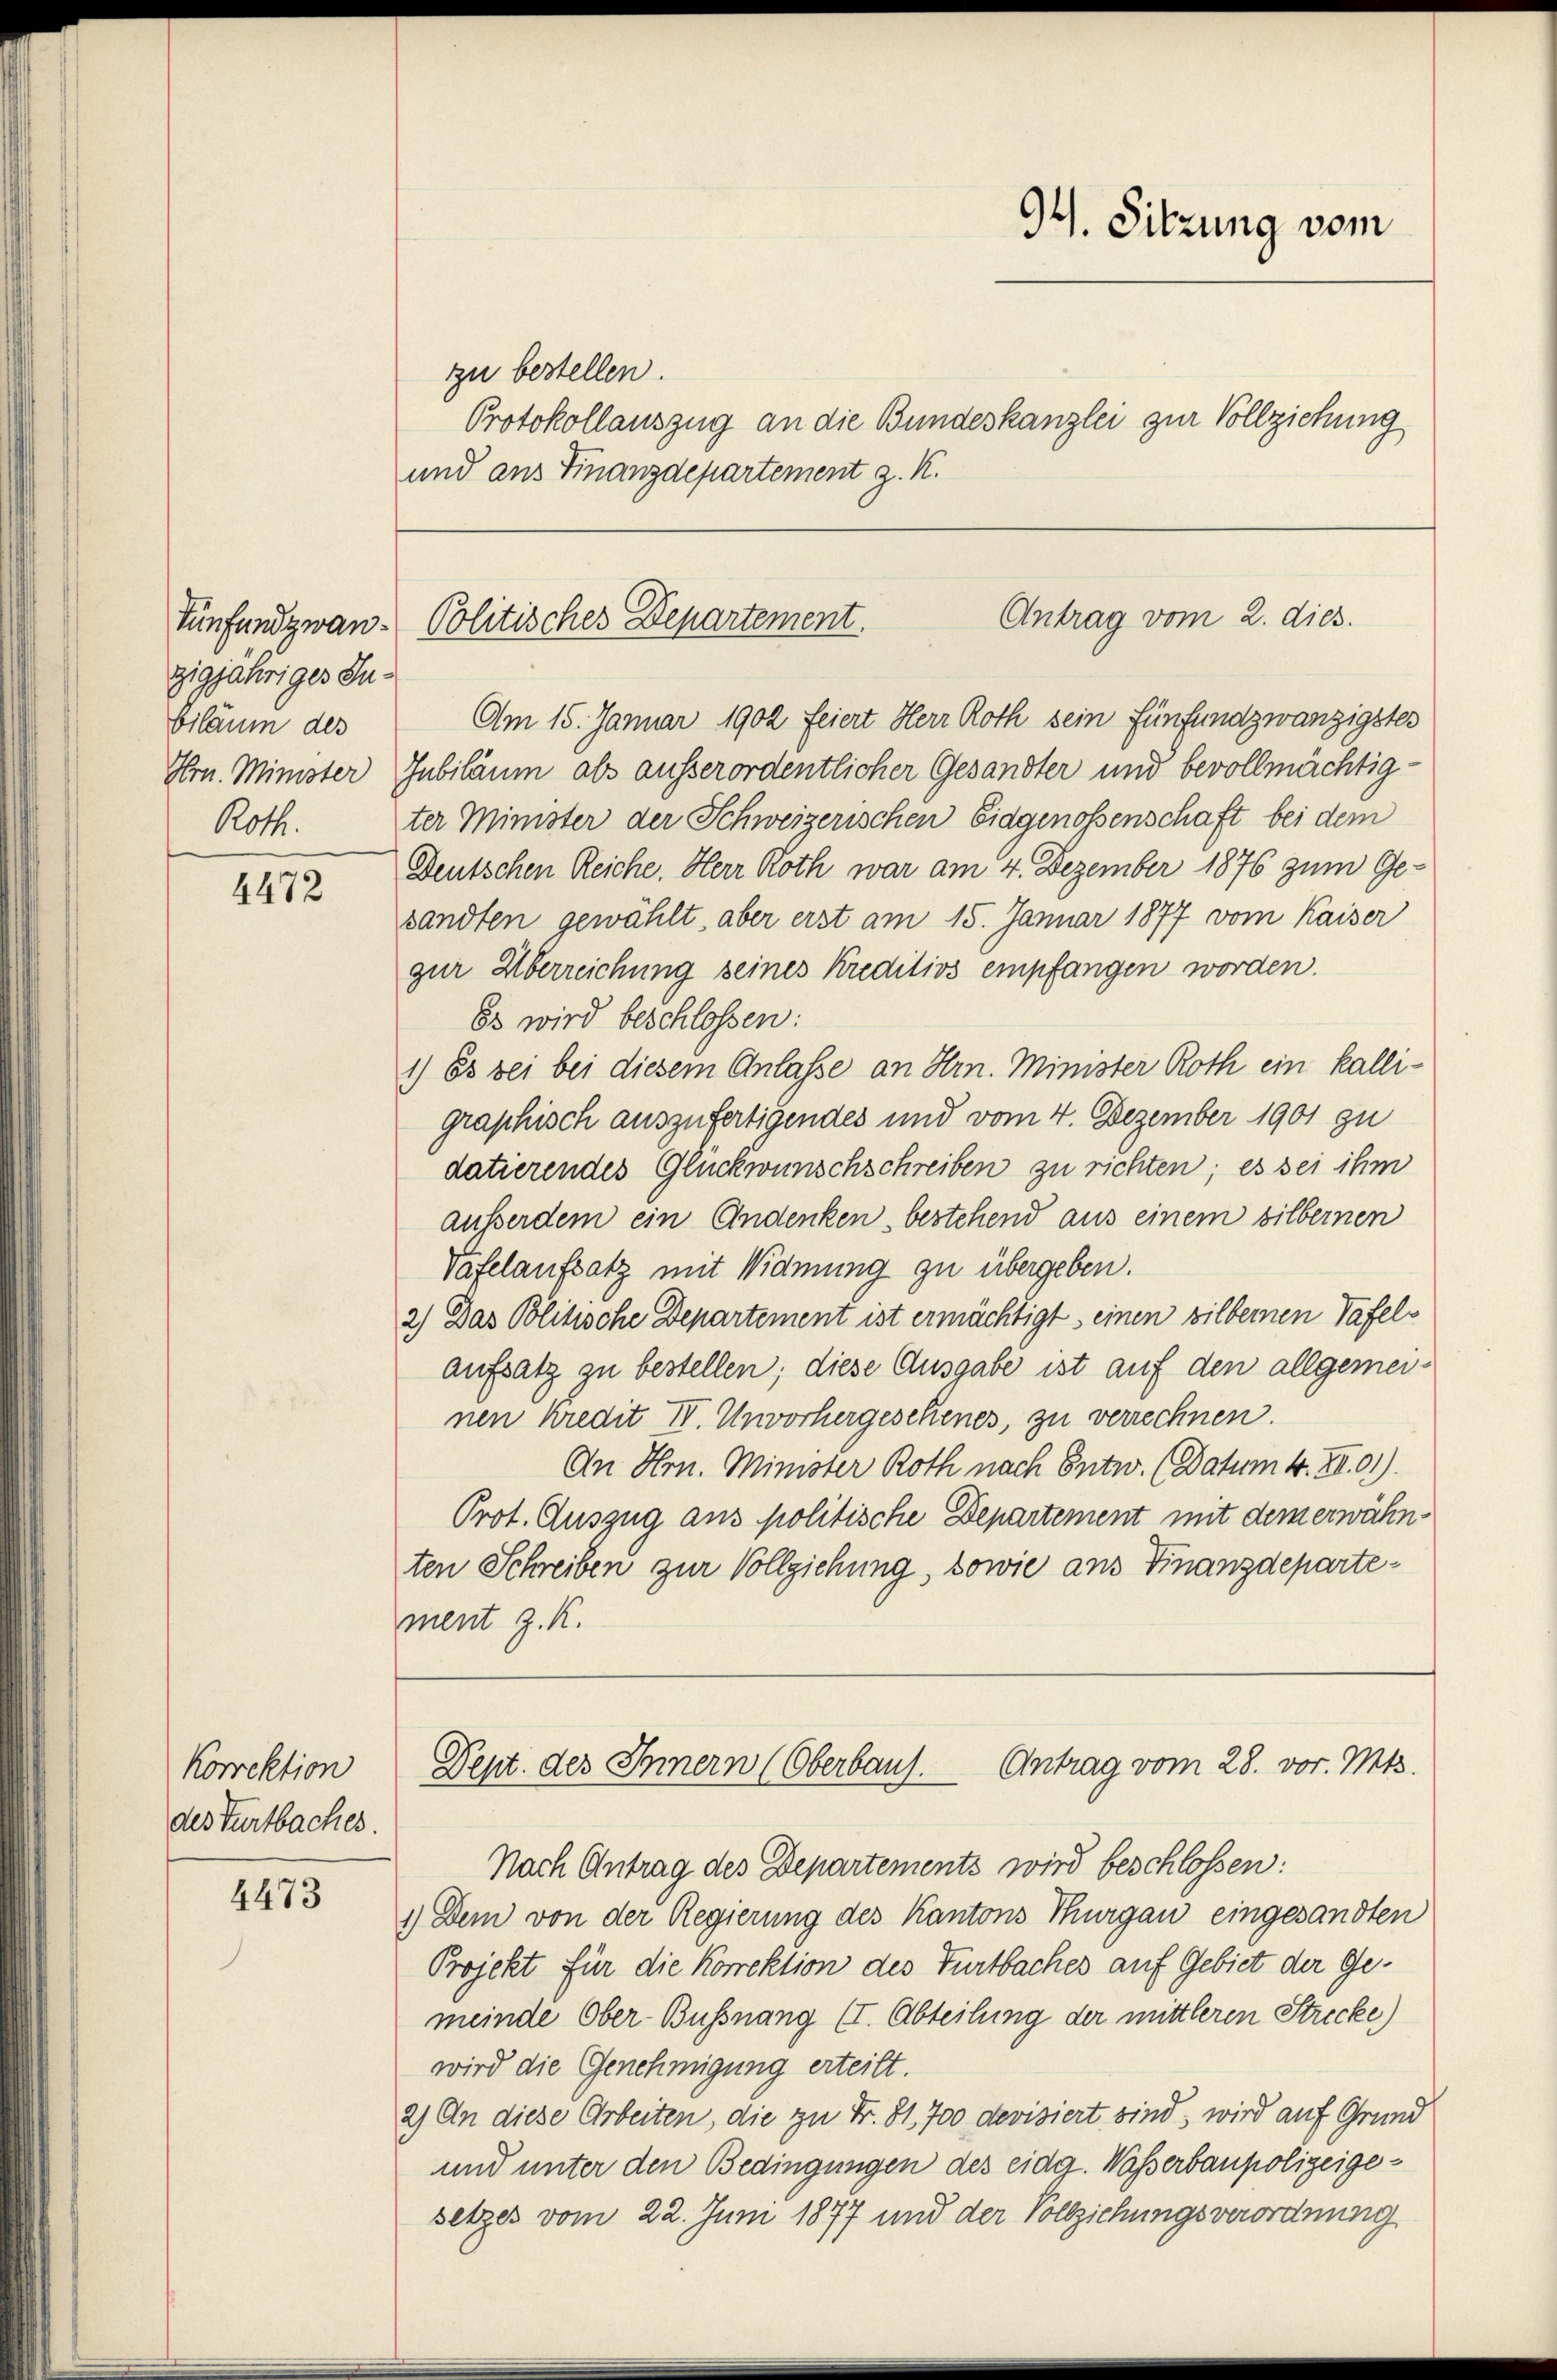
Tünfundzwanzigjähriges Inbiläum des
Roth.

4472

korrektion
des Turtbaches.

4473

zu bestellen.
und aus Finanzdepartement z. K.

94. Sitzung vom
Protokollauszug an die Bundeskanzlei zur Vollziehung

Antrag vom 2. dies.
Politisches Departement.

Am 15. Januar 1902 feiert Herr Roth sein fünfundzwanzigstes
Hrn. Minister Gubiläum als ausserordentlicher Gesandter und bevollmächtigter Minister der Schweizerischen Eidgenossenschaft bei dem
Deutschen Reiche. Herr Roth war am 4. Dezember 1876 zum Ge-
sandten gewählt, aber erst am 15. Januar 1877 vom Kaiser
gur Überreichung seines Kreditivs empfangen worden.
Es wird beschlossen:
1) Es sei bei diesem Anlasse an Hrn. Minister Roth ein kalligraphisch auszufertigendes und vom 4. Dezember 1901 zu
datierendes Glückwunschschreiben zu richten; es sei ihm
ausserdem ein Andenken, bestehend aus einem silbernen
Tafelaufsatz mit Widmung zu übergeben.
2) Das Politische Departement ist ermächtigt, einen silbernen Tafelaufsatz zu bestellen; diese Ausgabe ist auf den allgemeinen Kredit II. Unvorhergeschenes, zu verrechnen.
An Hrn. Minister Roth nach Entw. (Datum 4. XI. 91).
Prot. Auszug aus politische Departement mit dem erwähnten Schreiben zur Vollziehung, sowie ans Finanzdepartement z. R.

Dept. des Innern (Oberbaus. Antrag vom 28. vor. Mts.

Nach Antrag des Departements wird beschlossen:
1.) Dem von der Regierung des Kantons Thurgau eingesandten
Projekt für die Korrektion des Turtbaches auf Gebiet der Gemeinde Ober-Bußnang (I. Abteilung der mittleren Strecke)
wird die Genehmigung erteilt.
2) An diese Arbeiten, die zu Fr. 81, 700 devisiert sind, wird auf Grund
und unter den Bedingungen des eidg. Wasserbaupolizeigesetzes vom 22. Juni 1877 und der Vollziehungsverordnung